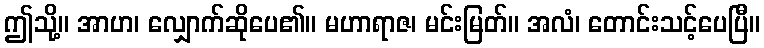
ဤသို့။ အာဟ၊ လျှောက်ဆိုပေ၏။ မဟာရာဇ၊ မင်းမြတ်။ အလံ၊ တောင်းသင့်ပေပြီ။